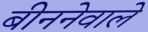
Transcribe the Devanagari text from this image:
बीननेवाले